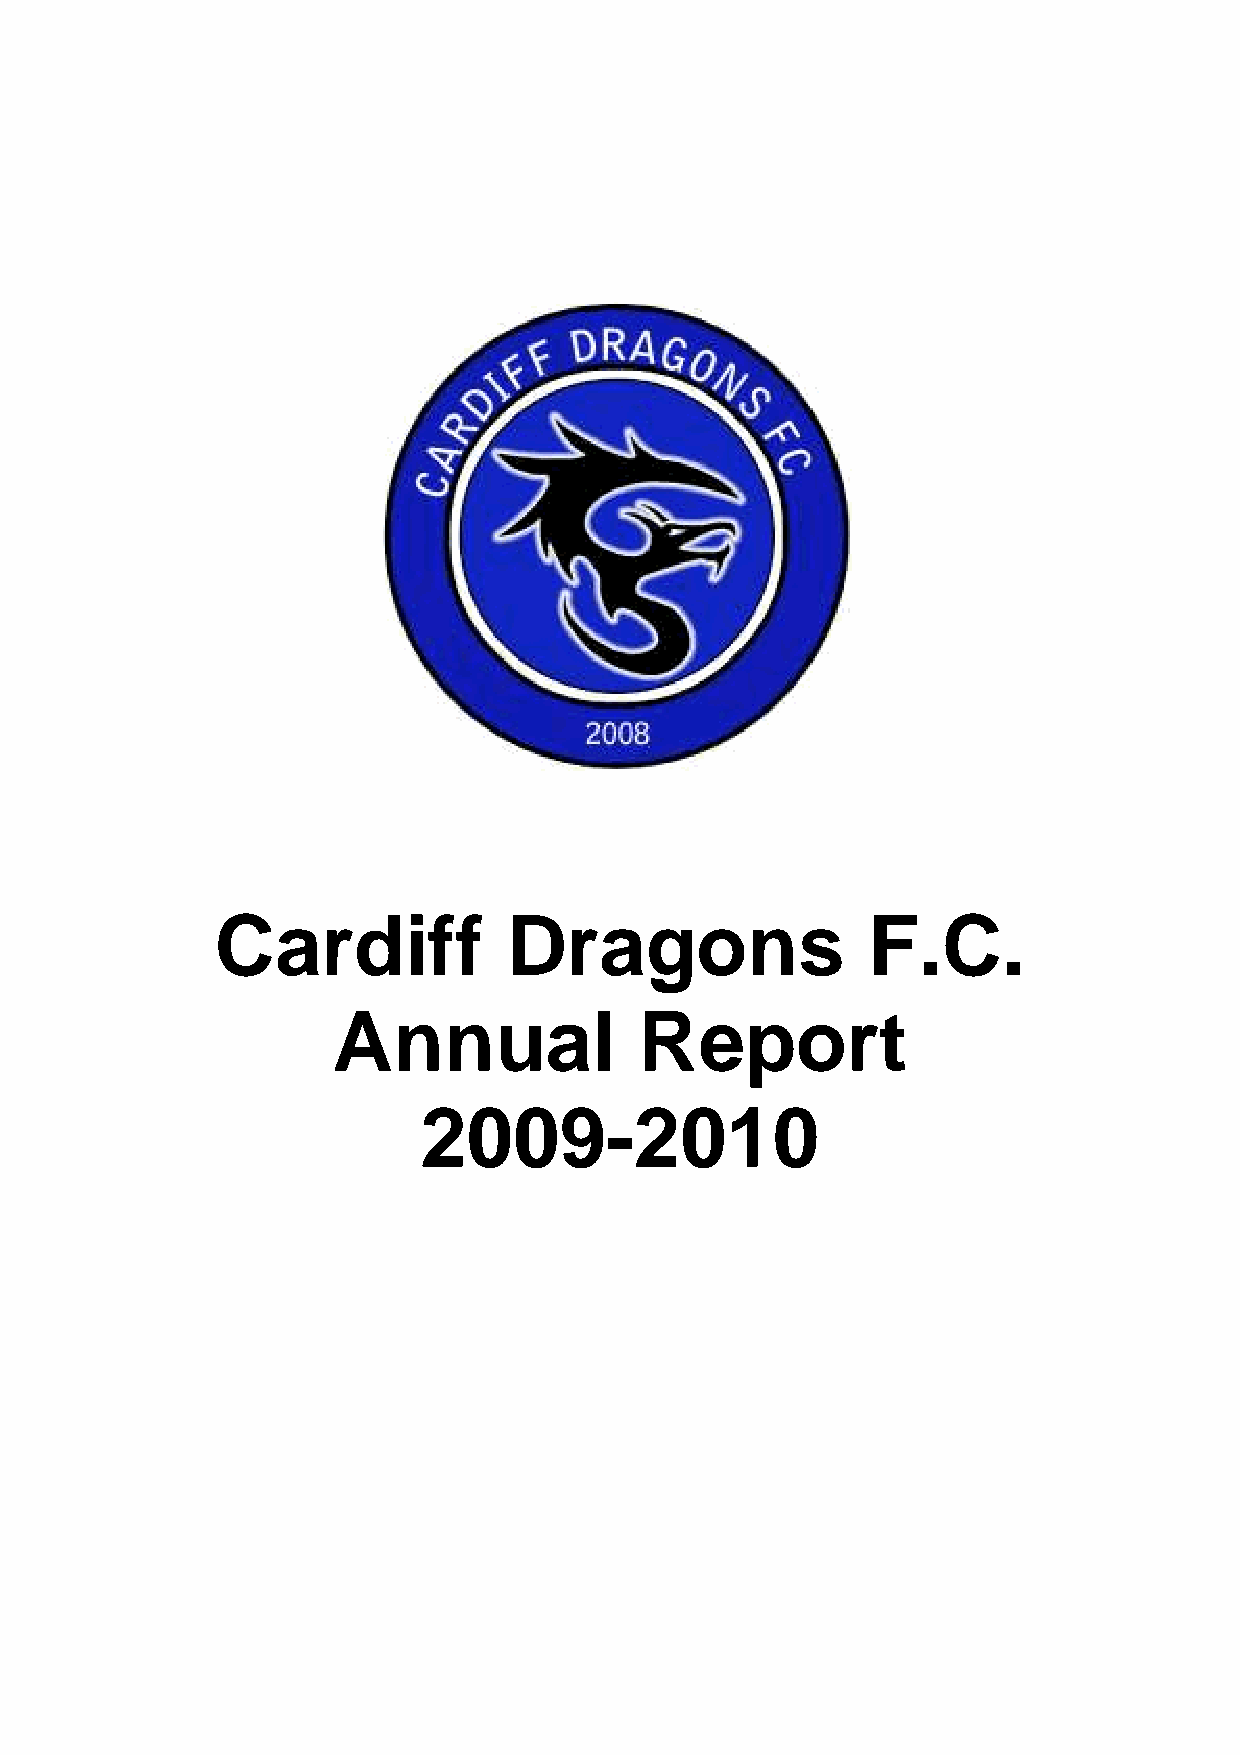
Cardiff             Dragons                F.C.
 Annual              Report
 2009-2010